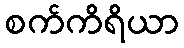
စက်ကိရိယာ